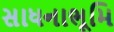
સાધનાભૂમિ